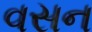
વસન